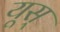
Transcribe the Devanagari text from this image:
यूस्